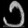
Digit: ၁